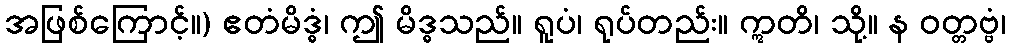
အဖြစ်ကြောင့်။) ဧတံမိဒ္ဓံ၊ ဤ မိဒ္ဓသည်။ ရူပံ၊ ရုပ်တည်း။ ဣတိ၊ သို့။ န ဝတ္တဗ္ဗံ၊